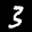
Label: 3